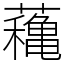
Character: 蘒